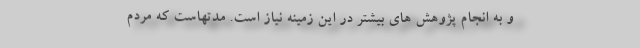
و به انجام پژوهش های بیشتر در این زمینه نیاز است. مدتهاست که مردم